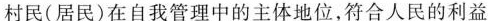
村民(居民)在自我管理中的主体地位，符合人民的利益